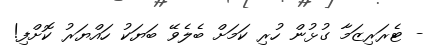
- ޓެރަރިޒަމާ ގުޅުން ހުރި ކަމަށް ބެލެވޭ ބަޔަކު ހައްޔަރު ކޮށްފި!